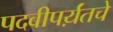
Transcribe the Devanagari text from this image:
पदवीपर्य़ंतचे